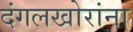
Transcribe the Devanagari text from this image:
दंगलखोरांना